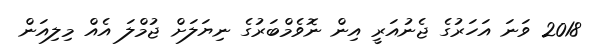
2018 ވަނަ އަހަރުގެ ޖެނުއަރީ އިން ނޮވެމްބަރުގެ ނިޔަލަށް ޖުމްލަ އެއް މިލިއަން